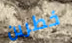
خطرين